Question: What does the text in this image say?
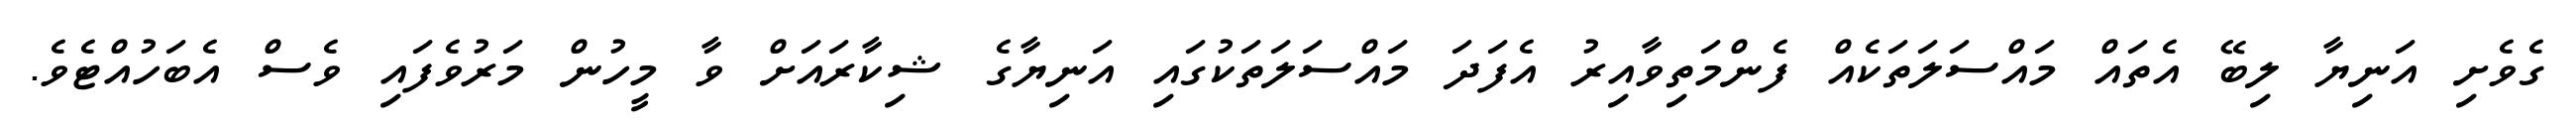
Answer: ގެވެށި އަނިޔާ ލިބޭ އެތައް މައްސަލަތަކެއް ފެންމަތިވާއިރު އެފަދަ މައްސަލަތަކުގައި އަނިޔާގެ ޝިކާރައަށް ވާ މީހުން މަރުވެފައި ވެސް އެބަހުއްޓެވެ.